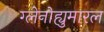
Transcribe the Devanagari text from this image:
ग्लेनोह्युमारल